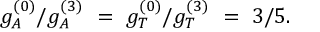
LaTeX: g _ { A } ^ { ( 0 ) } / g _ { A } ^ { ( 3 ) } \ = \ g _ { T } ^ { ( 0 ) } / g _ { T } ^ { ( 3 ) } \ = \ 3 / 5 .